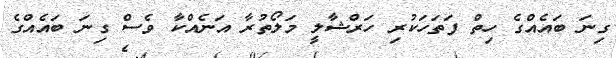
ގިނަ ބައެއްގެ ހިތް ފަތަހަކުރި ހަރްޝާލީ މަލޯތުރާ އަނެއްކާ ވެސް ގިނަ ބައެއްގެ